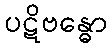
ပဋိဗန္ဓော